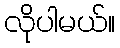
လိုပါမယ်။